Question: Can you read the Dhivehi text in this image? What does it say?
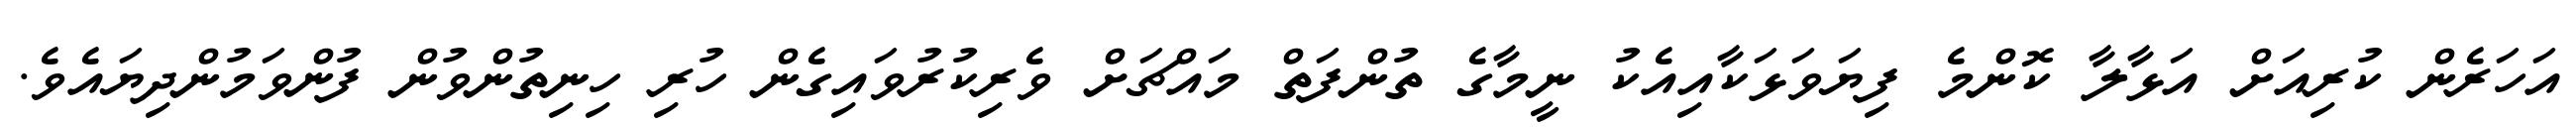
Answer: އަހަރެން ކުރިއަށް އަޅާލާ ކޮންމެ ފިޔަވަޅަކާއިއެކު ނީމާގެ ތުންފަތް މައްޗަށް ވެރިކުރުވައިގެން ހުރި ހިނިތުންވުން ފުންވަމުންދިޔައެވެ.